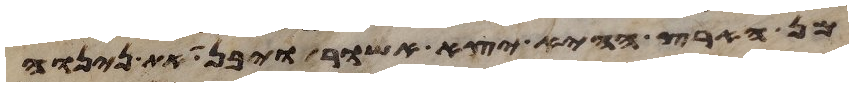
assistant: מן הארץ ההיא יצא אשור ויבן את נינוה